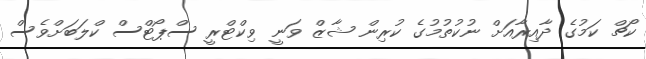
ކޯޗް ކަމުގެ ދާއިރާއަށް ނުކުތުމުގެ ކުރިން ޝާޒް ވަނީ ވިކްޓްރީ ސްޕޯޓްސް ކްލަބަށްވެސް